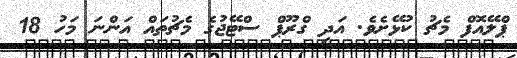
ޕްލޭއޮފް މެޗު ކުޅޭށެވެ. އަދި ގްރޫޕް ސްޓޭޖުގެ މެޗުތައް އަންނަ މަހު 18